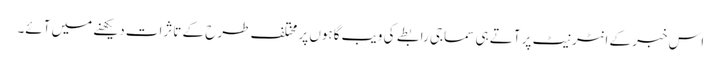
اس خبر کے انٹرنیٹ پر آتے ہی سماجی رابطے کی ویب گاہوں پر مختلف طرح کے تاثرات دیکھنے میں آئے۔